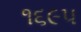
૧૬૯૫